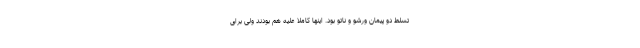
تسلط دو پیمان ورشو و ناتو بود. اینها کاملا علیه هم بودند ولی برای